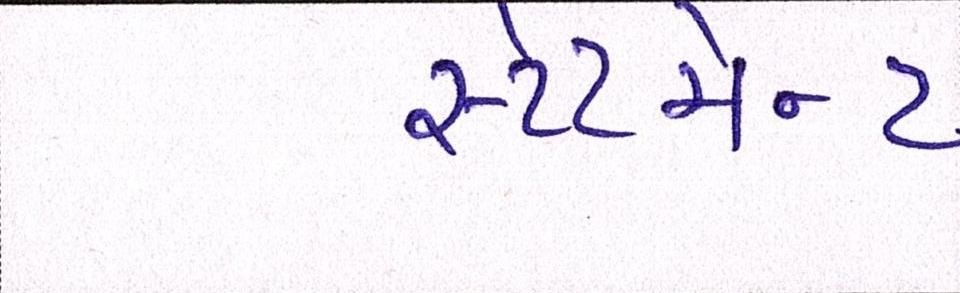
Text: સ્ટેટમેન્ટ